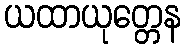
ယထာယုတ္တေန